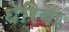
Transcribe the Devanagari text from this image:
घेरिया